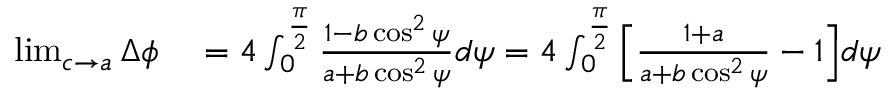
\begin{array} { r l } { \operatorname* { l i m } _ { c \rightarrow a } \Delta \phi } & { { } = 4 \int _ { 0 } ^ { \frac { \pi } { 2 } } \frac { 1 - b \cos ^ { 2 } \psi } { a + b \cos ^ { 2 } \psi } d \psi = 4 \int _ { 0 } ^ { \frac { \pi } { 2 } } \Big [ \frac { 1 + a } { a + b \cos ^ { 2 } \psi } - 1 \Big ] d \psi } \end{array}